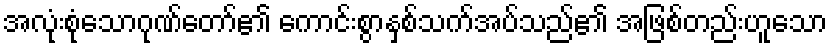
အလုံးစုံသောဂုဏ်တော်၏ ကောင်းစွာနှစ်သက်အပ်သည်၏ အဖြစ်တည်းဟူသော